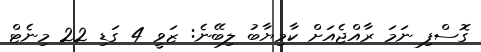
ގޮސްފި ނަމަ ރާއްޖެއަށް ކާމިޔާބު ލިބޭނެ: ޒަވީ 4 ގަޑި 22 މިނެޓް